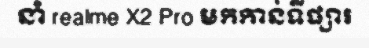
នាំ realme X2 Pro មកកាន់ទីផ្សារ